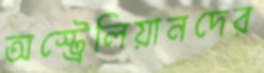
অস্ট্রেলিয়ানদের